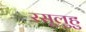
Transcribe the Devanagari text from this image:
रसूलुहु